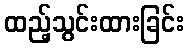
ထည့်သွင်းထားခြင်း